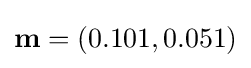
\mathbf {m} =(0.101,0.051)